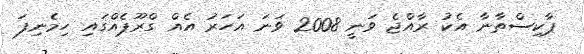
ޕާކިސްތާނާ އެކު ރާއްޖެ ވަނީ 2008 ވަނަ އަހަރު އެއް ގްރޫޕެއްގައި ހިމެނިފަ